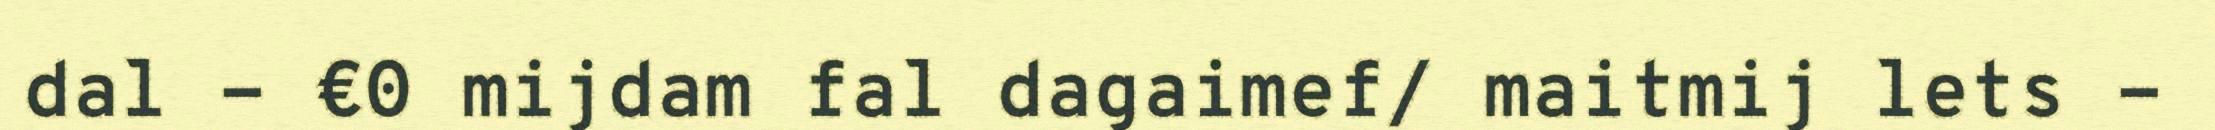
dal - €0 mijdam fal dagaimef/ maitmij lets -